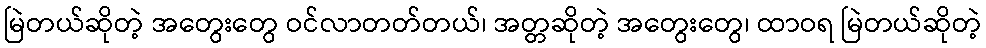
မြဲတယ်ဆိုတဲ့ အတွေးတွေ ဝင်လာတတ်တယ်၊ အတ္တဆိုတဲ့ အတွေးတွေ၊ ထာဝရ မြဲတယ်ဆိုတဲ့